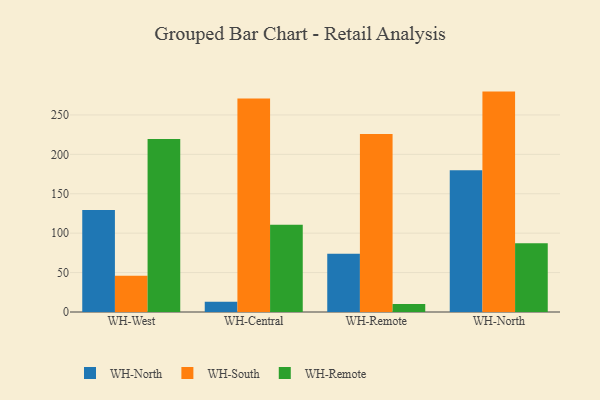
{"axis": {"x": "Warehouse", "y": "Waste Production (Tons)"}, "legend": ["WH-North", "WH-Remote", "WH-South"], "data": [{"x": "WH-West", "y": 129.5, "type": "WH-North"}, {"x": "WH-West", "y": 46.0, "type": "WH-South"}, {"x": "WH-West", "y": 219.6, "type": "WH-Remote"}, {"x": "WH-Central", "y": 13.1, "type": "WH-North"}, {"x": "WH-Central", "y": 270.7, "type": "WH-South"}, {"x": "WH-Central", "y": 110.8, "type": "WH-Remote"}, {"x": "WH-Remote", "y": 74.0, "type": "WH-North"}, {"x": "WH-Remote", "y": 225.7, "type": "WH-South"}, {"x": "WH-Remote", "y": 10.3, "type": "WH-Remote"}, {"x": "WH-North", "y": 179.9, "type": "WH-North"}, {"x": "WH-North", "y": 279.6, "type": "WH-South"}, {"x": "WH-North", "y": 87.3, "type": "WH-Remote"}]}